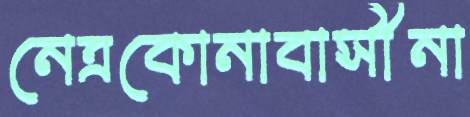
নেত্রকোনাবাসীনা